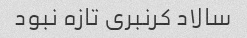
سالاد کرنبری تازه نبود